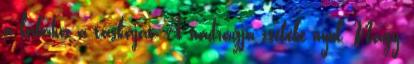
a lábához a táskáját. A nadrágja zsebébe nyúl. Nagy,